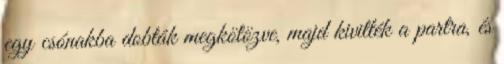
egy csónakba dobták megkötözve, majd kivitték a partra, és